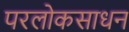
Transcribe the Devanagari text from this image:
परलोकसाधन